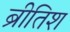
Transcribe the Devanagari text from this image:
ब्रीतिश